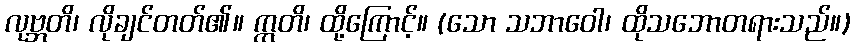
လုဗ္ဘတိ၊ လိုချင်တတ်၏။ ဣတိ၊ ထို့ကြောင့်။ (သော သဘာဝေါ၊ ထိုသဘောတရားသည်။)